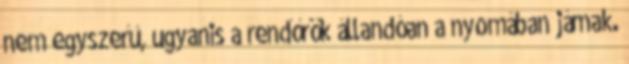
nem egyszerű, ugyanis a rendőrök állandóan a nyomában járnak.